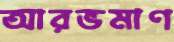
আরভমাণ